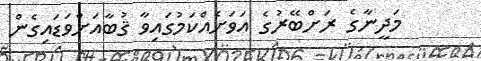
މަދީނާގެ ރަށްބޭރުގެ އަވަށެއްކަމުގައިވާ ޤުބާއަށްވަޑައިގެން